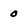
Character: 0